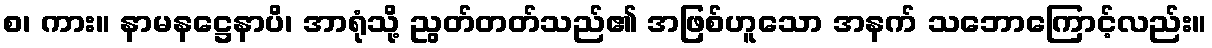
စ၊ ကား။ နာမနဋ္ဌေနာပိ၊ အာရုံသို့ ညွတ်တတ်သည်၏ အဖြစ်ဟူသော အနက် သဘောကြောင့်လည်း။